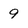
Character: 9